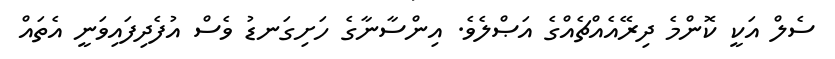
ސެލް އަކީ ކޮންމެ ދިރޭއެއްޗެއްގެ އަޞްލެވެ. އިންސާނާގެ ހަށިގަނޑު ވެސް އުފެދިފައިވަނީ އެތައް